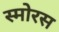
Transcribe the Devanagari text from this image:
स्मोरस